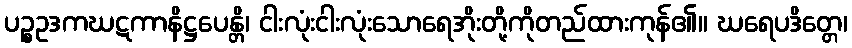
ပဉ္စဥဒကဃဋကာနိဋ္ဌပေန္တိ၊ ငါးလုံးငါးလုံးသောရေအိုးတို့ကိုတည်ထားကုန်၏။ ဃရေပဒိတ္တေ၊